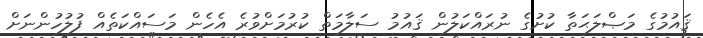
ޤައުމުގެ މަޞްލަޙަތާ ކުށުގެ ނުރައްކަލުން ޤައުމު ސަލާމަތް ކުރުމަށްވުރެ އެހެން މަސައްކަތެއް ފުލުހުންނަށް